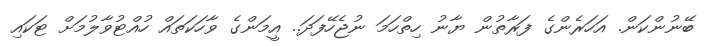
ބޭނުންކަން. އަހަރެންގެ ފަރާތުން ޔާނު ހިތްހަމަ ނުޖެހޭފަދަ.. އީމަންގެ ވާހަކަތައް ހުއްޓުވާލުމަށް ޓަކައި